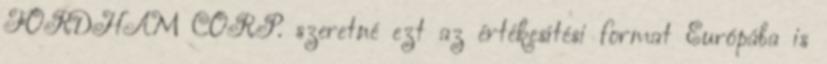
FORDHAM CORP. szeretné ezt az értékesítési format Európába is